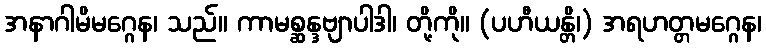
အနာဂါမိမဂ္ဂေန၊ သည်။ ကာမစ္ဆန္ဒဗျာပါဒါ၊ တို့ကို။ (ပဟီယန္တိ၊) အရဟတ္တမဂ္ဂေန၊